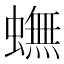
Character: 蟱